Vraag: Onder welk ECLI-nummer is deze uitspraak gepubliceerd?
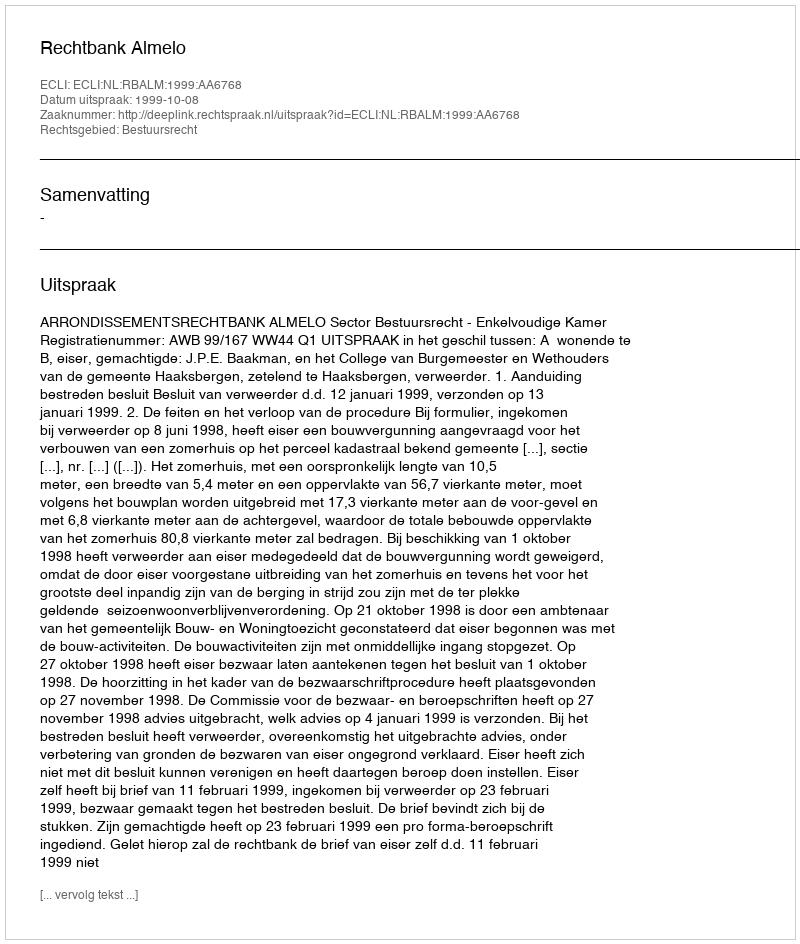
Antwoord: ECLI:NL:RBALM:1999:AA6768